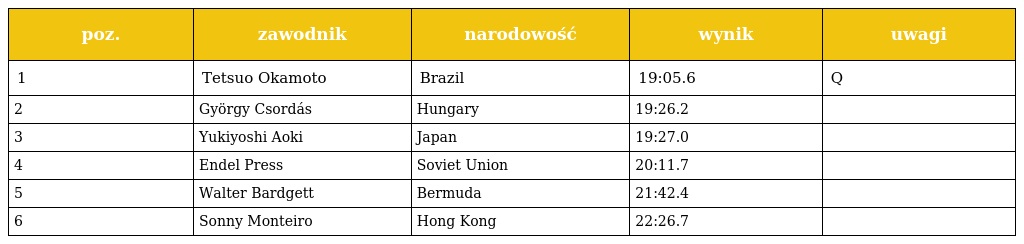
| poz. | zawodnik | narodowość | wynik | uwagi |
 | --- | --- | --- | --- | --- |
 | 1 | Tetsuo Okamoto | Brazil | 19:05.6 | Q |
 | 2 | György Csordás | Hungary | 19:26.2 |  |
 | 3 | Yukiyoshi Aoki | Japan | 19:27.0 |  |
 | 4 | Endel Press | Soviet Union | 20:11.7 |  |
 | 5 | Walter Bardgett | Bermuda | 21:42.4 |  |
 | 6 | Sonny Monteiro | Hong Kong | 22:26.7 |  |